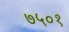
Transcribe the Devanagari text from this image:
७५०१